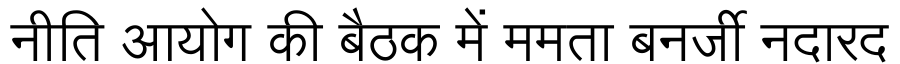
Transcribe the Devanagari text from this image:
नीति आयोग की बैठक में ममता बनर्जी नदारद